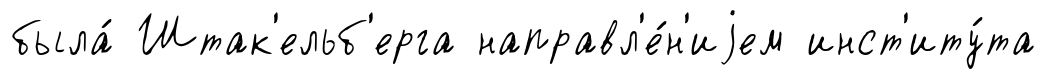
была́ Штак'ельб'ерга направл'е́н'иjем инст'иту́та